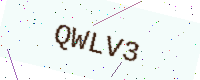
Text: QWLV3